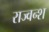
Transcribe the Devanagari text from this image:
राज्वन्श